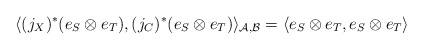
LaTeX: \begin{align*}\langle(j_X)^*(e_S \otimes e_T) ,(j_C)^*( e_S\otimes e_T)\rangle_{\mathcal{A},\mathcal{B}} = \langle e_S \otimes e_T, e_S\otimes e_T\rangle\end{align*}